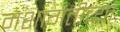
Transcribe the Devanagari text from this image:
मशागतीच्या